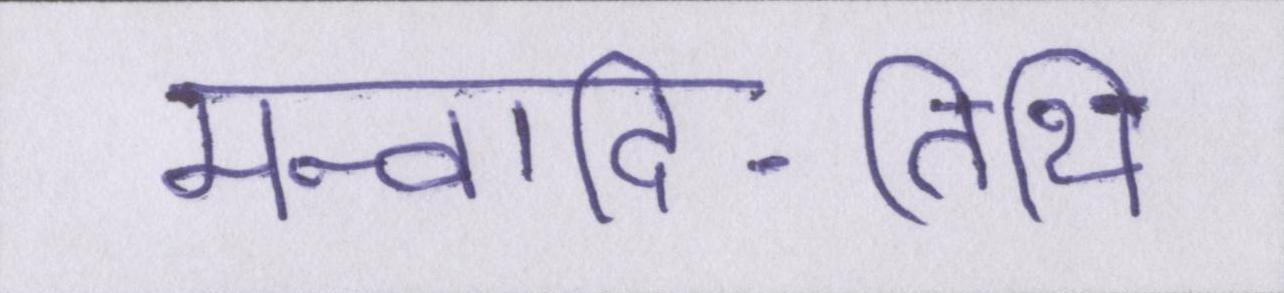
मन्वादि-तिथि